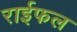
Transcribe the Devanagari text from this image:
राईफल